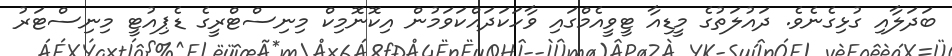
ބަދަލާއި ގުޅިގެނެވެ. ދައުލަތުގެ މީޑިއާ ޓީވީއެމްގައި ވާހަކަދައްކަވަމުން އިކޮނޮމިކް މިނިސްޓްރީގެ ޑެޕިއުޓީ މިނިސްޓަރު